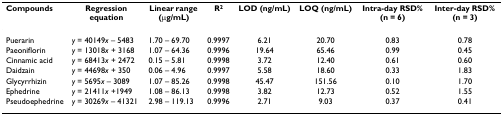
<table><thead><tr><td><b>Compounds</b></td><td><b>Regression equation</b></td><td><b>Linear range (μg/mL)</b></td><td><b>R<sup>2</sup></b></td><td><b>LOD (ng/mL)</b></td><td><b>LOQ (ng/mL)</b></td><td><b>Intra-day RSD% (n = 6)</b></td><td><b>Inter-day RSD% (n = 3)</b></td></tr></thead><tbody><tr><td>Puerarin</td><td><i>y </i>= 40149<i>x </i>– 5483</td><td>1.70 – 69.70</td><td>0.9997</td><td>6.21</td><td>20.70</td><td>0.83</td><td>0.78</td></tr><tr><td>Paeoniflorin</td><td><i>y </i>= 13018<i>x </i>+ 3168</td><td>1.07 – 64.36</td><td>0.9996</td><td>19.64</td><td>65.46</td><td>0.99</td><td>0.45</td></tr><tr><td>Cinnamic acid</td><td><i>y </i>= 68413<i>x </i>+ 2472</td><td>0.15 – 5.81</td><td>0.9998</td><td>3.72</td><td>12.40</td><td>0.61</td><td>0.60</td></tr><tr><td>Daidzain</td><td><i>y </i>= 44698<i>x </i>+ 350</td><td>0.06 – 4.96</td><td>0.9997</td><td>5.58</td><td>18.60</td><td>0.33</td><td>1.83</td></tr><tr><td>Glycyrrhizin</td><td><i>y </i>= 5695<i>x </i>– 3089</td><td>1.07 – 85.26</td><td>0.9998</td><td>45.47</td><td>151.56</td><td>0.10</td><td>1.70</td></tr><tr><td>Ephedrine</td><td><i>y </i>= 21411<i>x </i>+1949</td><td>1.08 – 86.13</td><td>0.9998</td><td>3.82</td><td>12.73</td><td>0.52</td><td>1.55</td></tr><tr><td>Pseudoephedrine</td><td><i>y </i>= 30269<i>x </i>– 41321</td><td>2.98 – 119.13</td><td>0.9996</td><td>2.71</td><td>9.03</td><td>0.37</td><td>0.41</td></tr></tbody></table>